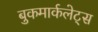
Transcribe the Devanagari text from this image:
बुकमार्कलेट्स